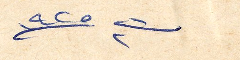
ت٢ ١٩٢٥